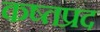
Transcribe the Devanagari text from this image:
कष्तप्रद